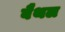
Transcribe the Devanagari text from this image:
बैथल